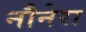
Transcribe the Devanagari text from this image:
नौनेरा